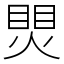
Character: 煛